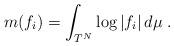
LaTeX: \begin{align*}m (f_i) = \int_{T^N} \log |f_i| \, d\mu \; .\end{align*}